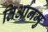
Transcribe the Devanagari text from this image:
तिआनमु